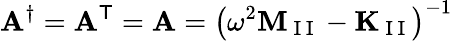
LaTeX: \mathbf{A}^{\dagger}=\mathbf{A}^{\mathsf{T}}=\mathbf{A}=\left(\omega^{2}\mathbf{M}_{\mathrm{~I~I~}}-\mathbf{K}_{\mathrm{~I~I~}}\right)^{-1}